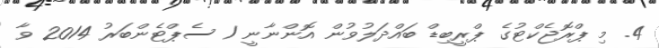
4. މި ޕްރޮޖެކްޓުގެ ޕްރީބިޑް ބައްދަލުވުން އޮންނާނީ 1 ސެޕްޓެންބަރު 2014 ވާ